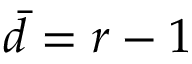
\bar { d } = r - 1